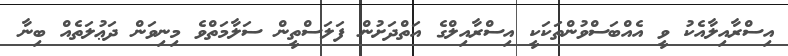
އިސްރާއިލާއެކު ވީ އެއްބަސްވުންތަކަކީ އިސްރާއިލްގެ އަތްދަށުން ފަލަސްތީން ސަލާމަތްވެ މިނިވަން ދަޢުލަތެއް ބިނާ